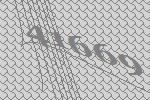
41669